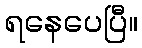
ရနေပေပြီ။